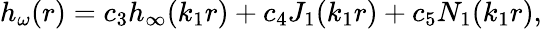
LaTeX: h_{\omega}(r)=c_{3}h_{\infty}(k_{1}r)+c_{4}J_{1}(k_{1}r)+c_{5}N_{1}(k_{1}r),